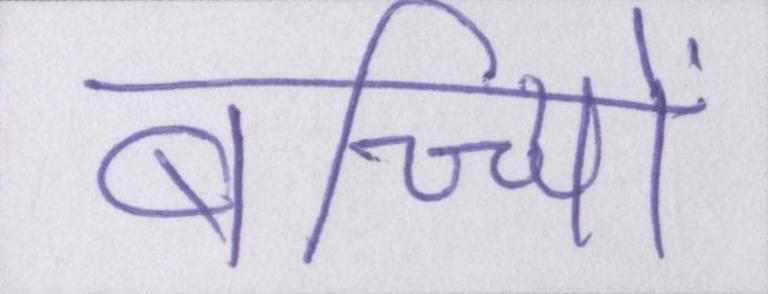
बच्च्यिों